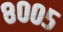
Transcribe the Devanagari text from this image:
८००५